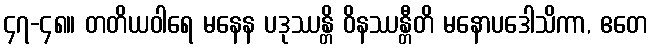
၄၇-၄၈။ တတိယဝါရေ မနေန ပဒုဿန္တိ ဝိနဿန္တီတိ မနောပဒေါသိကာ, ဧတေ